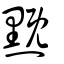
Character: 黖